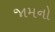
જામનો